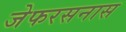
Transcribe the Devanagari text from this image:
जेफरसनास